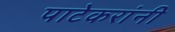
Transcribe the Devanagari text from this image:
पाटेकरांनी